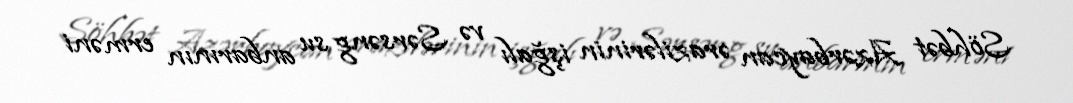
Söhbət Azərbaycan ərazilərinin işğalı və Sərsəng su anbarının erməni